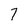
Character: 7